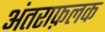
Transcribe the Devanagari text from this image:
अंतराफ़लक